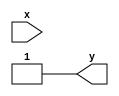
module x_based_case (
    input x,
    output reg y
);

always @(x) begin
    case (x)
        x: y <= 1; // Behavior when x is unknown or irrelevant
        0: y <= 0; // Behavior when x is 0
        1: y <= 1; // Behavior when x is 1
        default: y <= 0; // Default behavior when x doesn't match any specified case
    endcase
end

endmodule